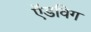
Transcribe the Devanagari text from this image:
ऍडविग